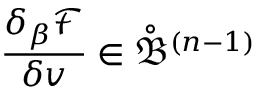
\frac { \delta _ { \beta } \mathcal { F } } { \delta v } \in \mathring { \mathfrak { B } } ^ { ( n - 1 ) }